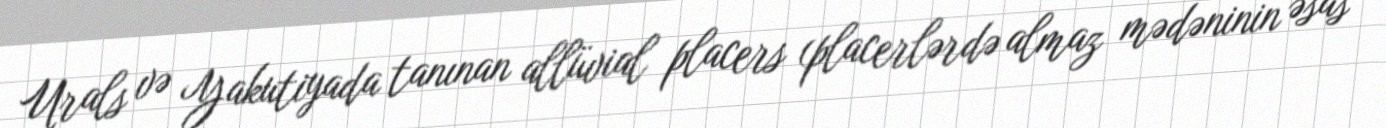
Urals və Yakutiyada tanınan allüvial placers (placerlərdə almaz mədəninin əsas